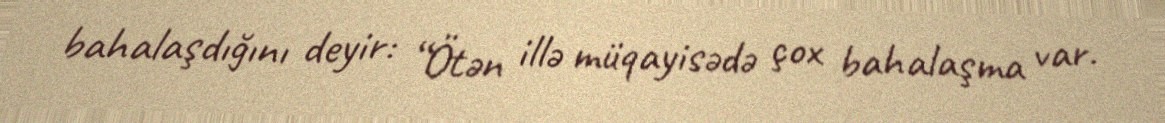
bahalaşdığını deyir: “Ötən illə müqayisədə çox bahalaşma var.